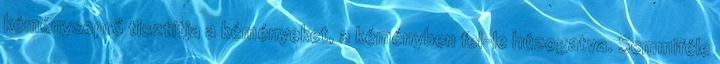
kéményseprő tisztítja a kéményeket, a kéményben fel-le húzogatva. Semmiféle